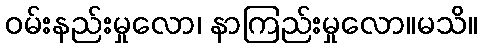
ဝမ်းနည်းမှုလော၊ နာကြည်းမှုလော။မသိ။